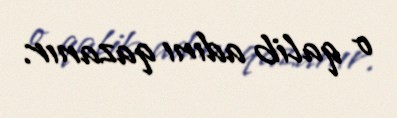
o qalib adını qazanır.